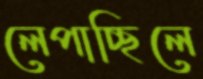
লেপাচ্ছিলে